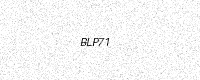
Text: BLP71